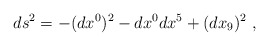
\begin{align*}ds^{2}=-(dx^{0})^{2}-dx^{0}dx^{5}+(dx_{9})^{2}\ ,\end{align*}